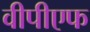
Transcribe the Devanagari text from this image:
वीपीएफ